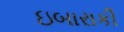
ઇબારાકી